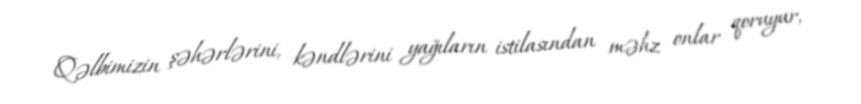
Qəlbimizin şəhərlərini, kəndlərini yağıların istilasından məhz onlar qoruyur,